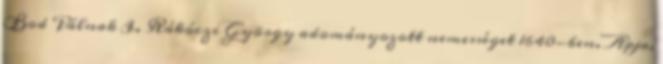
Bod Pálnak I. Rákóczi György adományozott nemességet 1640-ben. Apja,